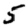
Digit: 5